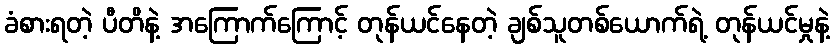
ခံစားရတဲ့ ပီတိနဲ့ အကြောက်ကြောင့် တုန်ယင်နေတဲ့ ချစ်သူတစ်ယောက်ရဲ့ တုန်ယင်မှုနဲ့